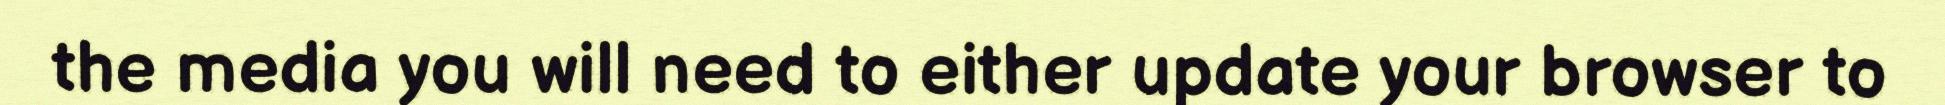
the media you will need to either update your browser to